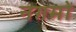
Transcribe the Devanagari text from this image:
नग़मों